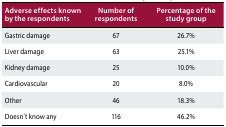
| Adverse effects known by the respondents | Number of respondents | Percentage of the study group |
 | --- | --- | --- |
 | Gastric damage | 67 | 26.7% |
 | Liver damage | 63 | 25.1% |
 | Kidney damage | 25 | 10.0% |
 | Cardiovascular | 20 | 8.0% |
 | Other | 46 | 18.3% |
 | Doesn′t know any | 116 | 46.2% |